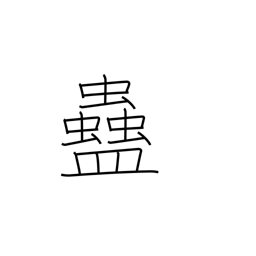
Meaning: rice worm